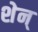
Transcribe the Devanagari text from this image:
शेन्